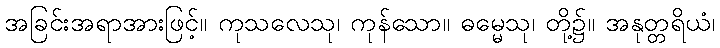
အခြင်းအရာအားဖြင့်။ ကုသလေသု၊ ကုန်သော။ ဓမ္မေသု၊ တို့၌။ အနုတ္တရိယံ၊